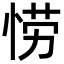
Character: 𫺘